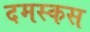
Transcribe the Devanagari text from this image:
दमस्कस